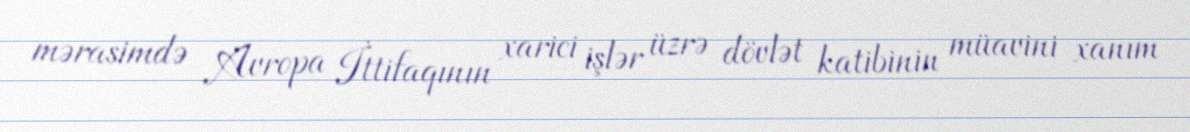
mərasimdə Avropa İttifaqının xarici işlər üzrə dövlət katibinin müavini xanım